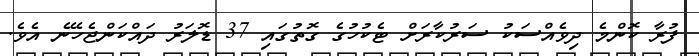
ފުރާ ކޮންމެ ދިވެއްސަކު ސަރުކާރަށް ޓެކުހުގެ ގޮތުގައި 37 ޑޮލަރު ދައްކަންޖެހޭނެ އެވެ.